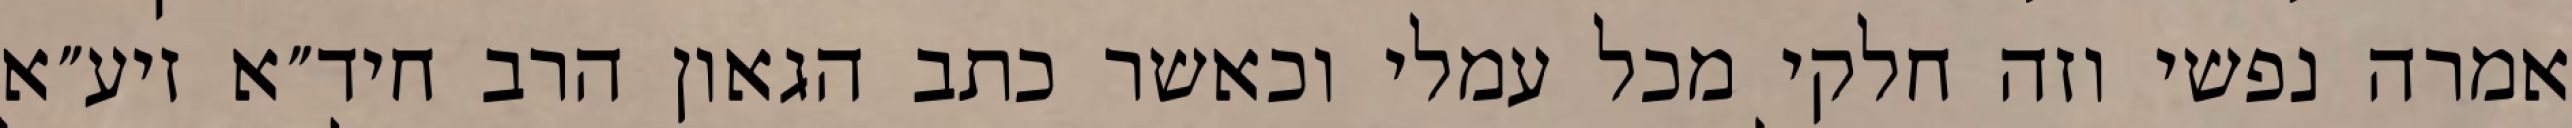
אמרה נפשי וזה חלקי מכל עמלי וכאשר כתב הגאון הרב חיד״א זיע״א